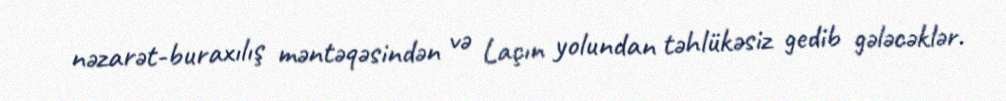
nəzarət-buraxılış məntəqəsindən və Laçın yolundan təhlükəsiz gedib gələcəklər.